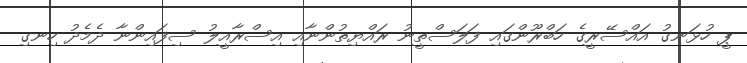
ޕީ ހުޅަނގު އައްސޭރީގެ ހަބްރޫންގައި ފަލަސްތީނު ރައްޔިތުންނާއި އިސްރާއީލު ސިފައިންނާ ދެމެދު ހިނގި